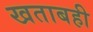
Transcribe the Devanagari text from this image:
खताबही